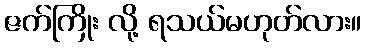
ဇက်ကြိုး လို့ ရသယ်မဟုတ်လား။